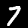
Digit: 7